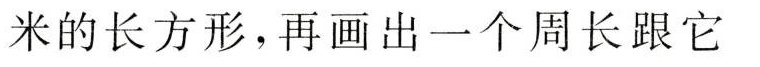
米的长方形，再画出一个周长跟它